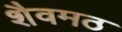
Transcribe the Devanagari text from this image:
शैवमठ